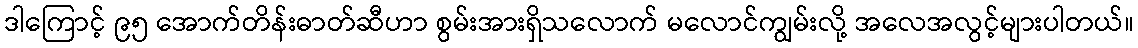
ဒါကြောင့် ၉၅ အောက်တိန်းဓာတ်ဆီဟာ စွမ်းအားရှိသလောက် မလောင်ကျွမ်းလို့ အလေအလွင့်များပါတယ်။